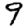
Digit: 9